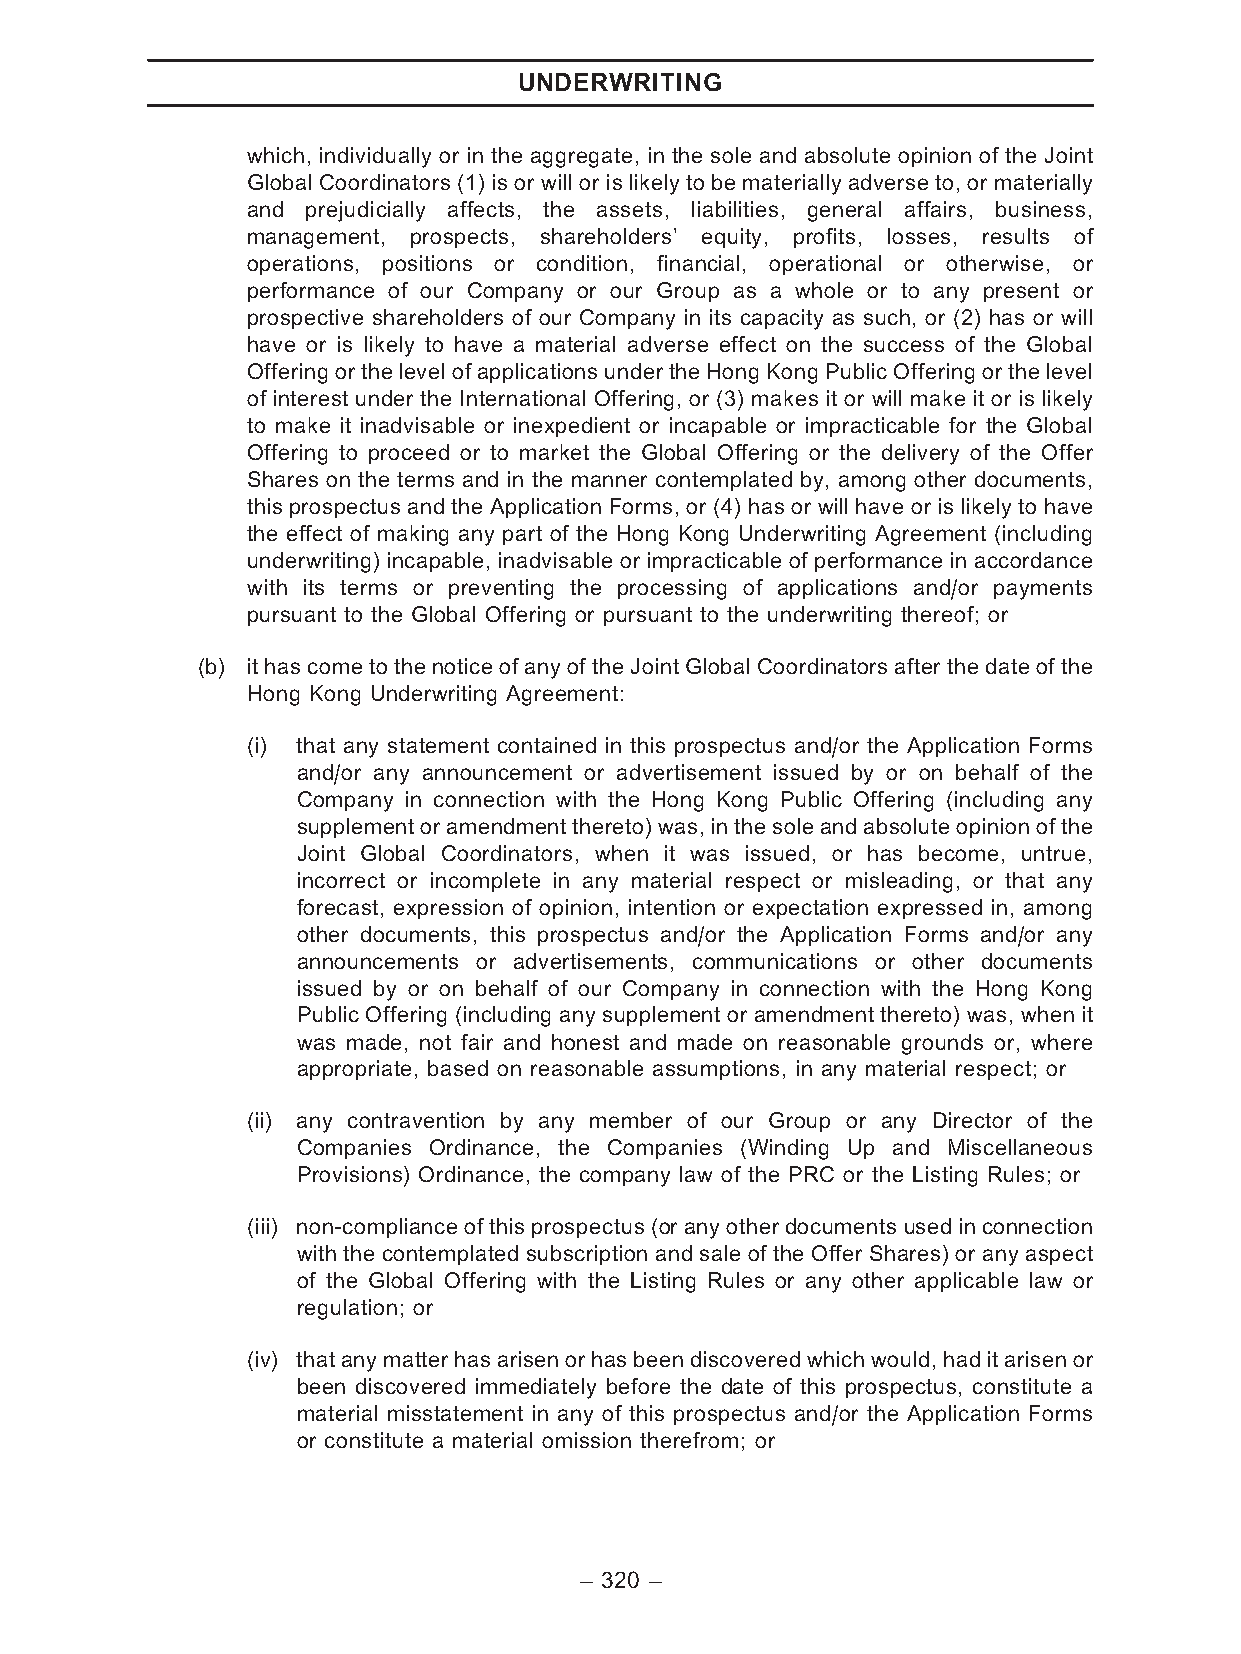
UNDERWRITING
 which, individually or in the aggregate, in the sole and absolute opinion of the Joint
 Global Coordinators (1) is or will or is likely to be materially adverse to, or materially
 and prejudicially affects, the assets, liabilities, general affairs, business,
 management, prospects, shareholders’ equity, profits, losses, results of
 operations, positions or condition, financial, operational or otherwise, or
 performance of our Company or our Group as a whole or to any present or
 prospective shareholders of our Company in its capacity as such, or (2) has or will
 have or is likely to have a material adverse effect on the success of the Global
 OfferingorthelevelofapplicationsundertheHongKongPublicOfferingorthelevel
 of interest under the International Offering, or (3) makes it or will make it or is likely
 to make it inadvisable or inexpedient or incapable or impracticable for the Global
 Offering to proceed or to market the Global Offering or the delivery of the Offer
 Shares on the terms and in the manner contemplated by, among other documents,
 this prospectus and the Application Forms, or (4) has or will have or is likely to have
 the effect of making any part of the Hong Kong Underwriting Agreement (including
 underwriting) incapable, inadvisable or impracticable of performance in accordance
 with its terms or preventing the processing of applications and/or payments
 pursuant to the Global Offering or pursuant to the underwriting thereof; or
 (b) it has come to the notice of any of the Joint Global Coordinators after the date of the
 Hong Kong Underwriting Agreement:
 (i) that any statement contained in this prospectus and/or the Application Forms
 and/or any announcement or advertisement issued by or on behalf of the
 Company in connection with the Hong Kong Public Offering (including any
 supplementoramendmentthereto)was,inthesoleandabsoluteopinionofthe
 Joint Global Coordinators, when it was issued, or has become, untrue,
 incorrect or incomplete in any material respect or misleading, or that any
 forecast, expression of opinion, intention or expectation expressed in, among
 other documents, this prospectus and/or the Application Forms and/or any
 announcements or advertisements, communications or other documents
 issued by or on behalf of our Company in connection with the Hong Kong
 Public Offering (including any supplement or amendment thereto) was, when it
 was made, not fair and honest and made on reasonable grounds or, where
 appropriate, based on reasonable assumptions, in any material respect; or
 (ii) any contravention by any member of our Group or any Director of the
 Companies Ordinance, the Companies (Winding Up and Miscellaneous
 Provisions) Ordinance, the company law of the PRC or the Listing Rules; or
 (iii) non-compliance of thisprospectus(or anyotherdocuments used in connection
 with the contemplated subscription and sale of the Offer Shares) or any aspect
 of the Global Offering with the Listing Rules or any other applicable law or
 regulation; or
 (iv) thatanymatterhasarisenorhasbeendiscoveredwhichwould,haditarisenor
 been discovered immediately before the date of this prospectus, constitute a
 material misstatement in any of this prospectus and/or the Application Forms
 or constitute a material omission therefrom; or
 – 320 –